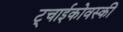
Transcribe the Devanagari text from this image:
ट्चाईकोवस्की